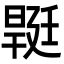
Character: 𣉡